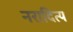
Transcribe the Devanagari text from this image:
नरादित्य